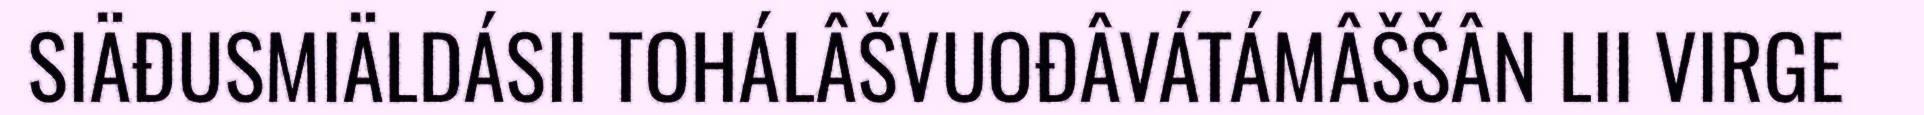
SIÄĐUSMIÄLDÁSII TOHÁLÂŠVUOĐÂVÁTÁMÂŠŠÂN LII VIRGE